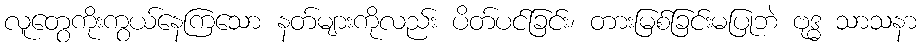
လူတွေကိုးကွယ်နေကြသော နတ်များကိုလည်း ပိတ်ပင်ခြင်း၊ တားမြစ်ခြင်းမပြုဘဲ ဗုဒ္ဓ သာသနာ